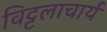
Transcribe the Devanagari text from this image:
विट्टलाचार्य